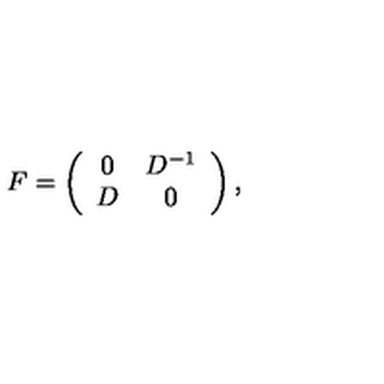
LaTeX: F = \left( \begin{array} { c c } { 0 } & { D ^ { - 1 } } \\ { D } & { 0 } \\ \end{array} \right) ,